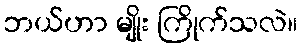
ဘယ်ဟာ မျိုး ကြိုက်သလဲ။